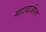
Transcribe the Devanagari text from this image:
महादाजीला